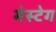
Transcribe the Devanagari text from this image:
मेस्टेग